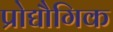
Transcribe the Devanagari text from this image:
प्रोद्यौगिक